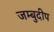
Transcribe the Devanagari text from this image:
जम्बुदीप